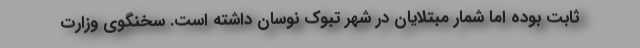
ثابت بوده اما شمار مبتلایان در شهر تبوک نوسان داشته است. سخنگوی وزارت